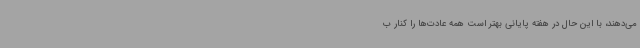
می‌دهند، با این حال در هفته پایانی بهتر است همه عادت‌ها را کنار ب